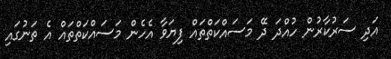
އަދި ސަރުކާރުން ހުއްދަ ދޭ މަސައްކަތްތައް ފިޔަވާ އެހެން މަސައްކަތްތައް އެ ތަނުގައި